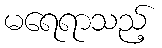
မရေရာသည့်